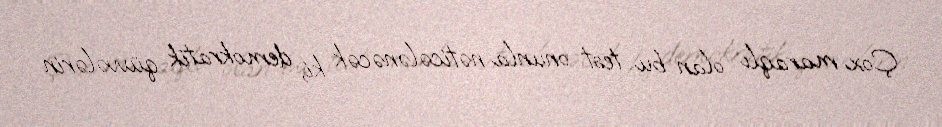
Çox maraqlı olan bu test onunla nəticələnəcək ki, demokratik qüvvələrin